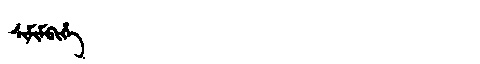
Manchu: ᠰᡳᠮᡳᠮᠪᡳᡥᡝ
Romanization: SIMIMBIHE